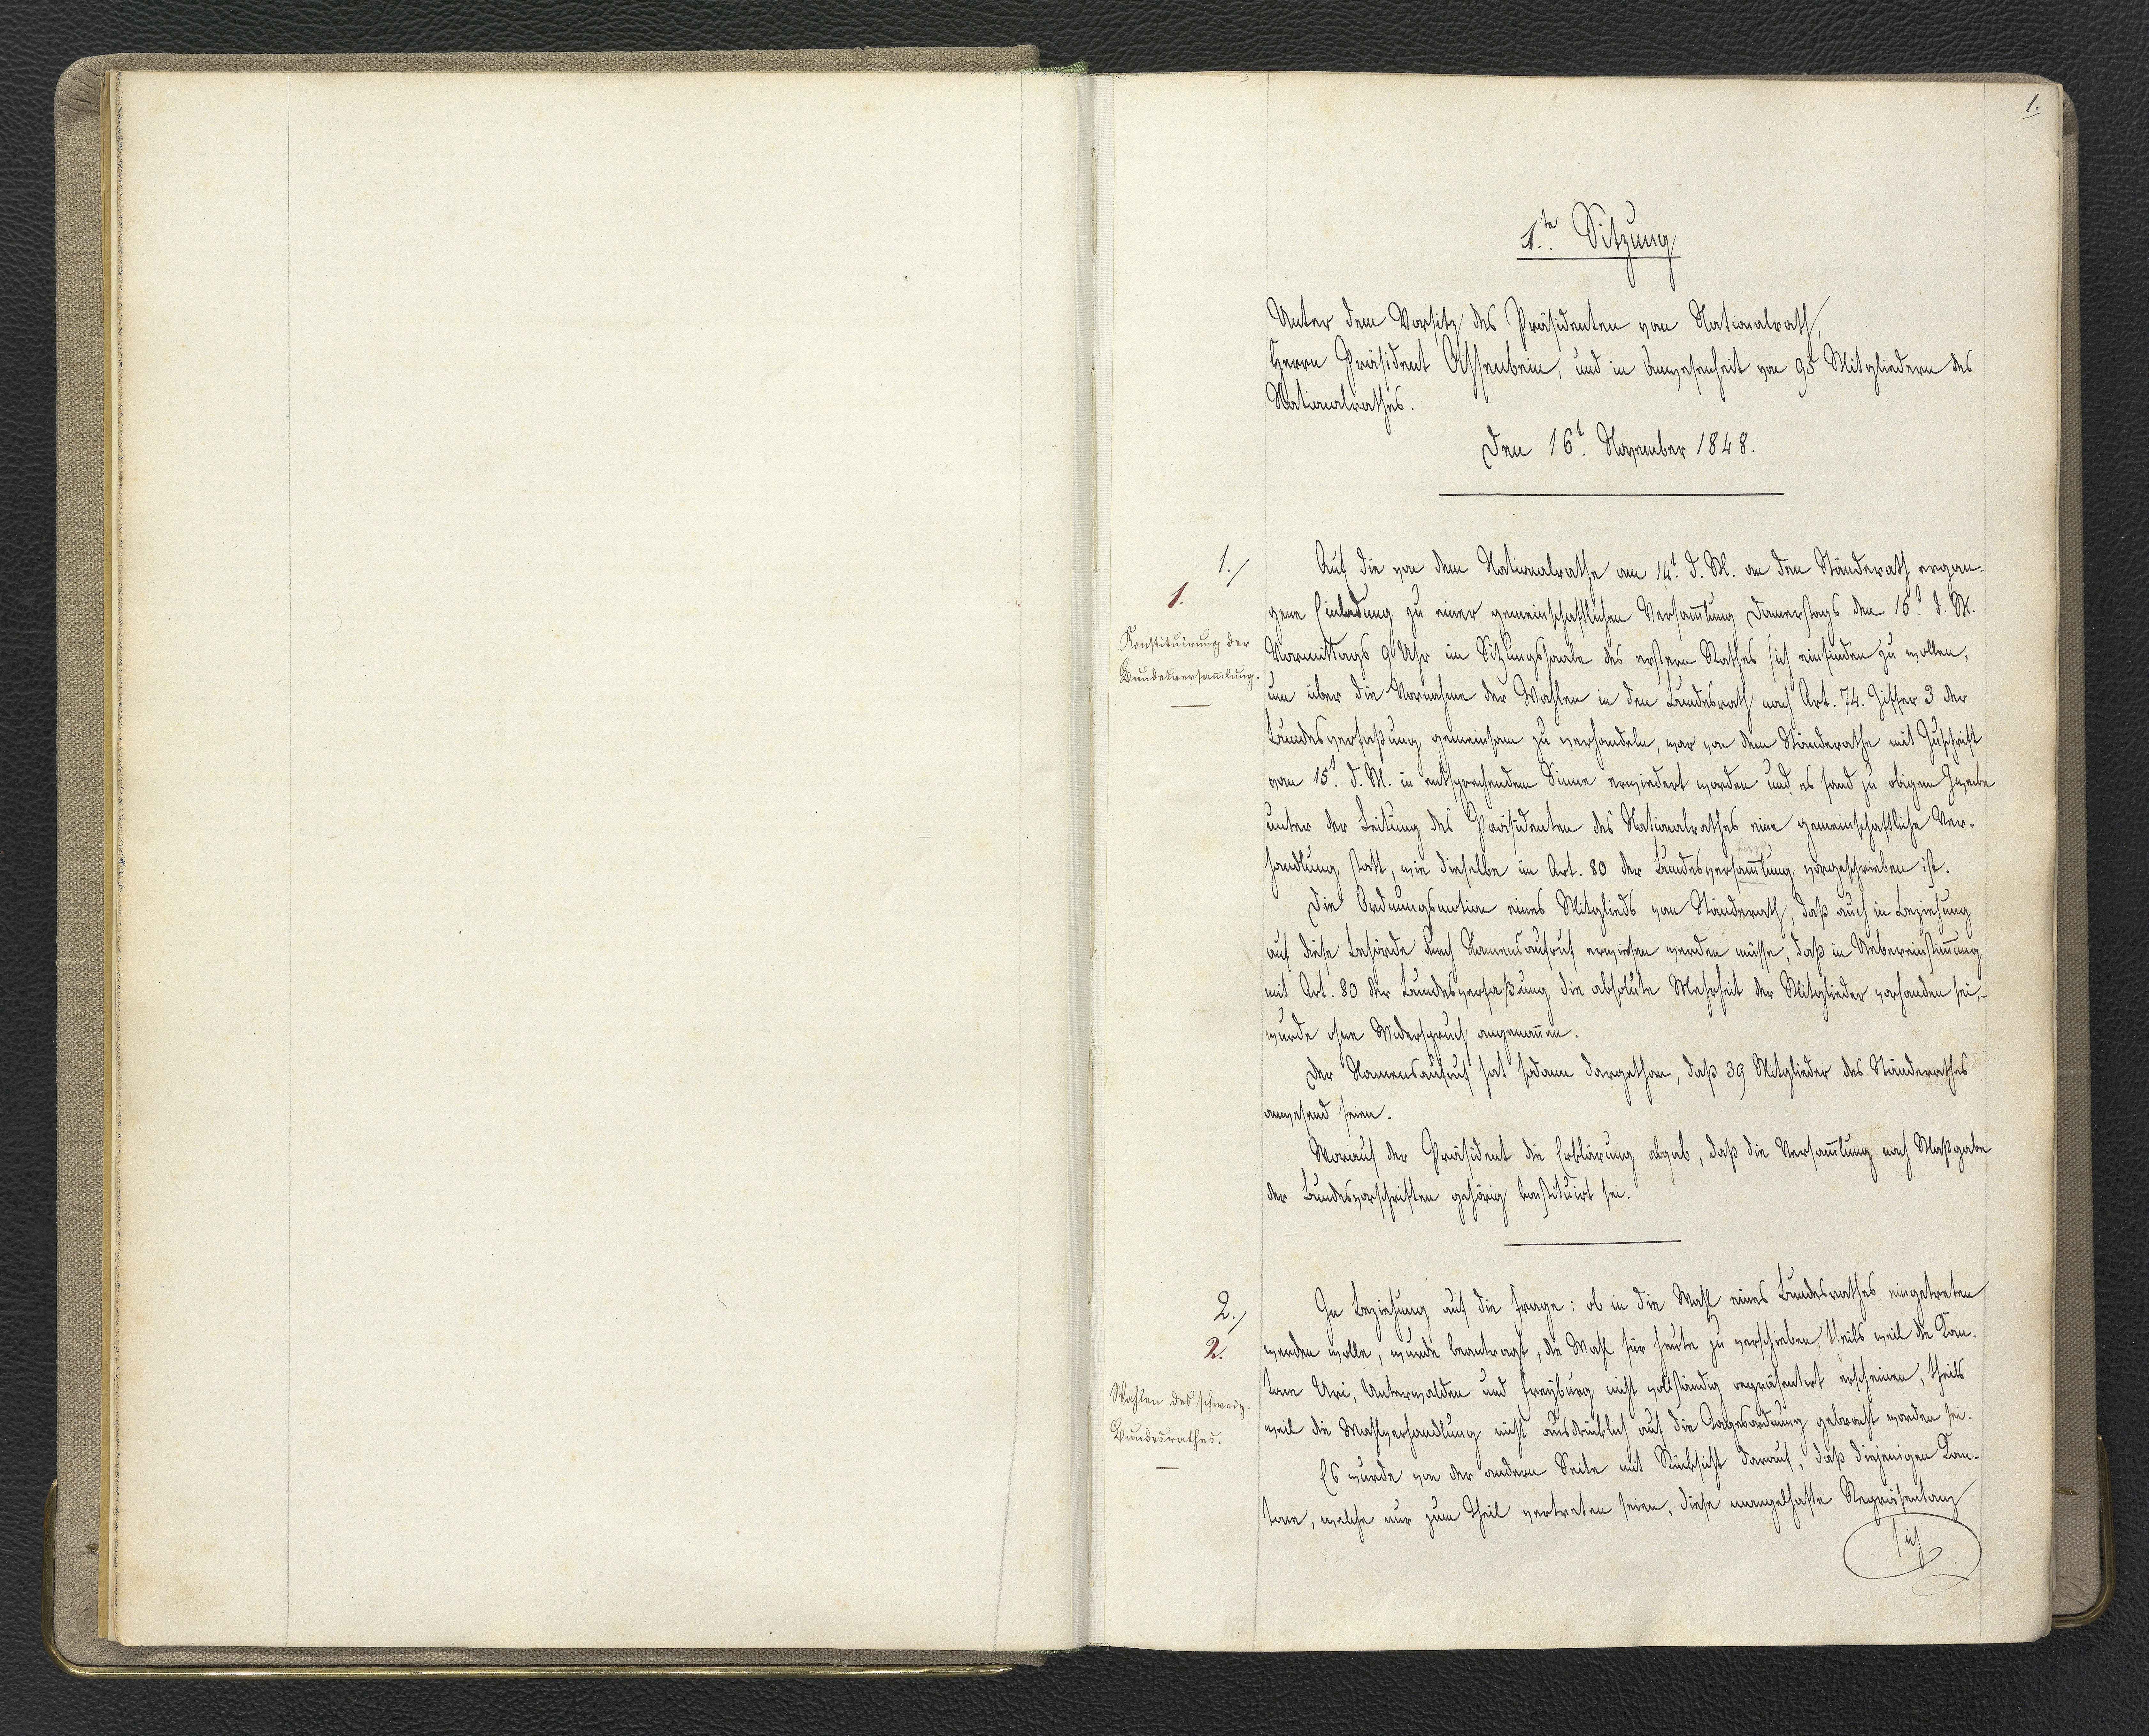
1.

1.te Sitzung
Unter dem Vorsitz des Präsidenten vom Nationalrath,
Herrn Präsident Ochsenbein, und in Anwesenheit von 95 Mitgliedern des
Nationalrathes.
Den 16.t November 1848

Auf die von dem Nationalrathe am 14.t d. M. an den Ständerat ergan¬
gene Einladung zu einer gemeinschaftlichen Versammlung Donnerstags den 16.t d. M.
Vormittags 9 Uhr im Sitzungssaale des erstern Rathes sich einfinden zu wollen,
um über die Vornahme der Wahlen in den Bundesrath nach Art. 74. Ziffer 3 der
Bundesverfaßung gemeinsam zu verhandeln, war von dem Ständerathe mit Zuschrift
vom 15.t d. M. in entsprechendem Sinne erwiedert worden und es fand zu obigem Zuxxx
unter der Leitung des Präsidenten des Nationalrathes eine gemeinschaftliche Ver¬
handlung statt, wie dieselbe im Art. 80 der Bundesversammlung vorgeschrieben ist.
Die Ordnungsmotion eines Mitglieds vom Ständerath, daß auch in Beziehung
auf diese Behörde durch Namensaufruf erwiesen werden müsse, daß in Uebereinstimmung
mit Art. 80 der Bundesverfaßung die absolute Mehrheit der Mitglieder vorhanden sei,
wurde ohne Widerspruch angenommen.
Der Namensaufruf hat sodann dargethan, daß 39 Mitglieder des Ständerathes
anwesend seien.
Worauf der Präsident die Erklärung abgab, daß die Versammlung nach Maßgabe
der Bundesvorschriften gehörig konstituirt sei.
In Beziehung auf die Frage: ob in die Wahl eines Bundesrathes eingetreten
werden wolle, wurde beantragt, die Wahl für heute zu verschieben, theils weil die Kan¬
tone Uri, Unterwalden und Freiyburg nicht vollständig repräsentirt erscheinen, theils
weil die Wahlverhandlung nicht ausdrücklich auf die Tagesordnung gebracht worden sei.
Es wurde von der andern Seite mit Rücksicht darauf, daß diejenigen Kan¬
tone, welche nur zum Theil vertreten seien, diese mangelhafte Repräsentanz
sich

1.
1.
Konstituirung der
Bundesversammlung.

2.
2.
Wahlen der schweiz.
Bundesrathes.